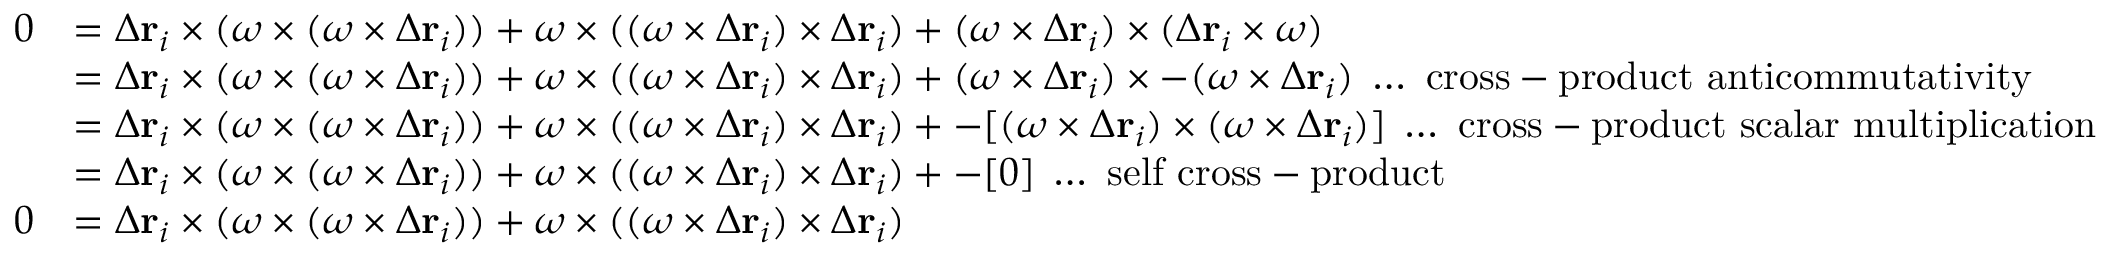
{ \begin{array} { r l } { 0 } & { = \Delta \mathbf { r } _ { i } \times ( { \boldsymbol { \omega } } \times ( { \boldsymbol { \omega } } \times \Delta \mathbf { r } _ { i } ) ) + { \boldsymbol { \omega } } \times ( ( { \boldsymbol { \omega } } \times \Delta \mathbf { r } _ { i } ) \times \Delta \mathbf { r } _ { i } ) + ( { \boldsymbol { \omega } } \times \Delta \mathbf { r } _ { i } ) \times ( \Delta \mathbf { r } _ { i } \times { \boldsymbol { \omega } } ) } \\ & { = \Delta \mathbf { r } _ { i } \times ( { \boldsymbol { \omega } } \times ( { \boldsymbol { \omega } } \times \Delta \mathbf { r } _ { i } ) ) + { \boldsymbol { \omega } } \times ( ( { \boldsymbol { \omega } } \times \Delta \mathbf { r } _ { i } ) \times \Delta \mathbf { r } _ { i } ) + ( { \boldsymbol { \omega } } \times \Delta \mathbf { r } _ { i } ) \times - ( { \boldsymbol { \omega } } \times \Delta \mathbf { r } _ { i } ) \; \ldots { \mathrm { ~ c r o s s - p r o d u c t ~ a n t i c o m m u t a t i v i t y } } } \\ & { = \Delta \mathbf { r } _ { i } \times ( { \boldsymbol { \omega } } \times ( { \boldsymbol { \omega } } \times \Delta \mathbf { r } _ { i } ) ) + { \boldsymbol { \omega } } \times ( ( { \boldsymbol { \omega } } \times \Delta \mathbf { r } _ { i } ) \times \Delta \mathbf { r } _ { i } ) + - [ ( { \boldsymbol { \omega } } \times \Delta \mathbf { r } _ { i } ) \times ( { \boldsymbol { \omega } } \times \Delta \mathbf { r } _ { i } ) ] \; \ldots { \mathrm { ~ c r o s s - p r o d u c t ~ s c a l a r ~ m u l t i p l i c a t i o n } } } \\ & { = \Delta \mathbf { r } _ { i } \times ( { \boldsymbol { \omega } } \times ( { \boldsymbol { \omega } } \times \Delta \mathbf { r } _ { i } ) ) + { \boldsymbol { \omega } } \times ( ( { \boldsymbol { \omega } } \times \Delta \mathbf { r } _ { i } ) \times \Delta \mathbf { r } _ { i } ) + - [ 0 ] \; \ldots { \mathrm { ~ s e l f ~ c r o s s - p r o d u c t } } } \\ { 0 } & { = \Delta \mathbf { r } _ { i } \times ( { \boldsymbol { \omega } } \times ( { \boldsymbol { \omega } } \times \Delta \mathbf { r } _ { i } ) ) + { \boldsymbol { \omega } } \times ( ( { \boldsymbol { \omega } } \times \Delta \mathbf { r } _ { i } ) \times \Delta \mathbf { r } _ { i } ) } \end{array} }